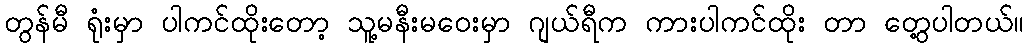
တွန်မီ ရုံးမှာ ပါကင်ထိုးတော့ သူ့မနီးမဝေးမှာ ဂျယ်ရီက ကားပါကင်ထိုး တာ တွေ့ပါတယ်။